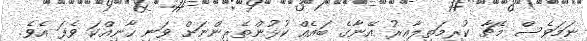
ނަމަވެސް މެޗާ ކުރިމަތިލާއިރު އޭނާގެ ބައެއް ކުޅުންތެރިންނަށް ވަނި ހާނިއްކަ ވެފަ އެވެ.